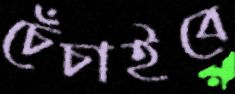
চেঁচাইবে